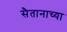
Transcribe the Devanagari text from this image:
सैतानाच्या